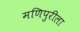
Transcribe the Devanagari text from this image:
मणिपुरीला